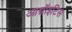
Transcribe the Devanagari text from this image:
आथ्रॉइटिस